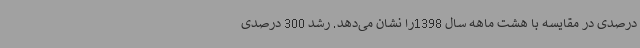
درصدی در مقایسه با هشت ماهه سال 1398را نشان می‌دهد. رشد 300 درصدی